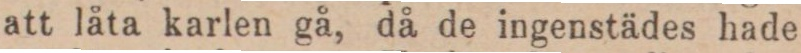
att låta karlen gå, då de ingenstädes hade